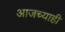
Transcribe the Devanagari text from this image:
आजच्याही